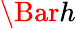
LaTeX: \Bar{h}